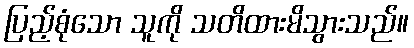
ပြည့်စုံသော သူကို သတိထားမိသွားသည်။